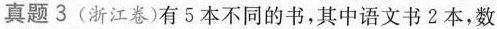
真题3(浙江卷)有5本不同的书，其中语文书2本，数